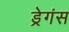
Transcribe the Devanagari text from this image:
ड्रेगंस